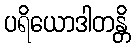
ပရိယောဒါတန္တိ